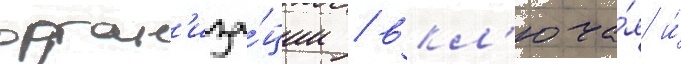
орган'иза́ции / вкл'юча́я и́